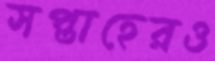
সপ্তাহেরও